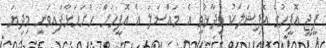
ޕީޖީ އޮފީހުގެ އޮފިޝަލަކު ވިދާޅުވީ އެ މައްސަލަ އެ އޮފީހަށް ހުށަހަޅާފައިވަނީ މިދިޔަ